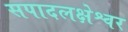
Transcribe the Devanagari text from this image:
सपादलक्षेश्वर